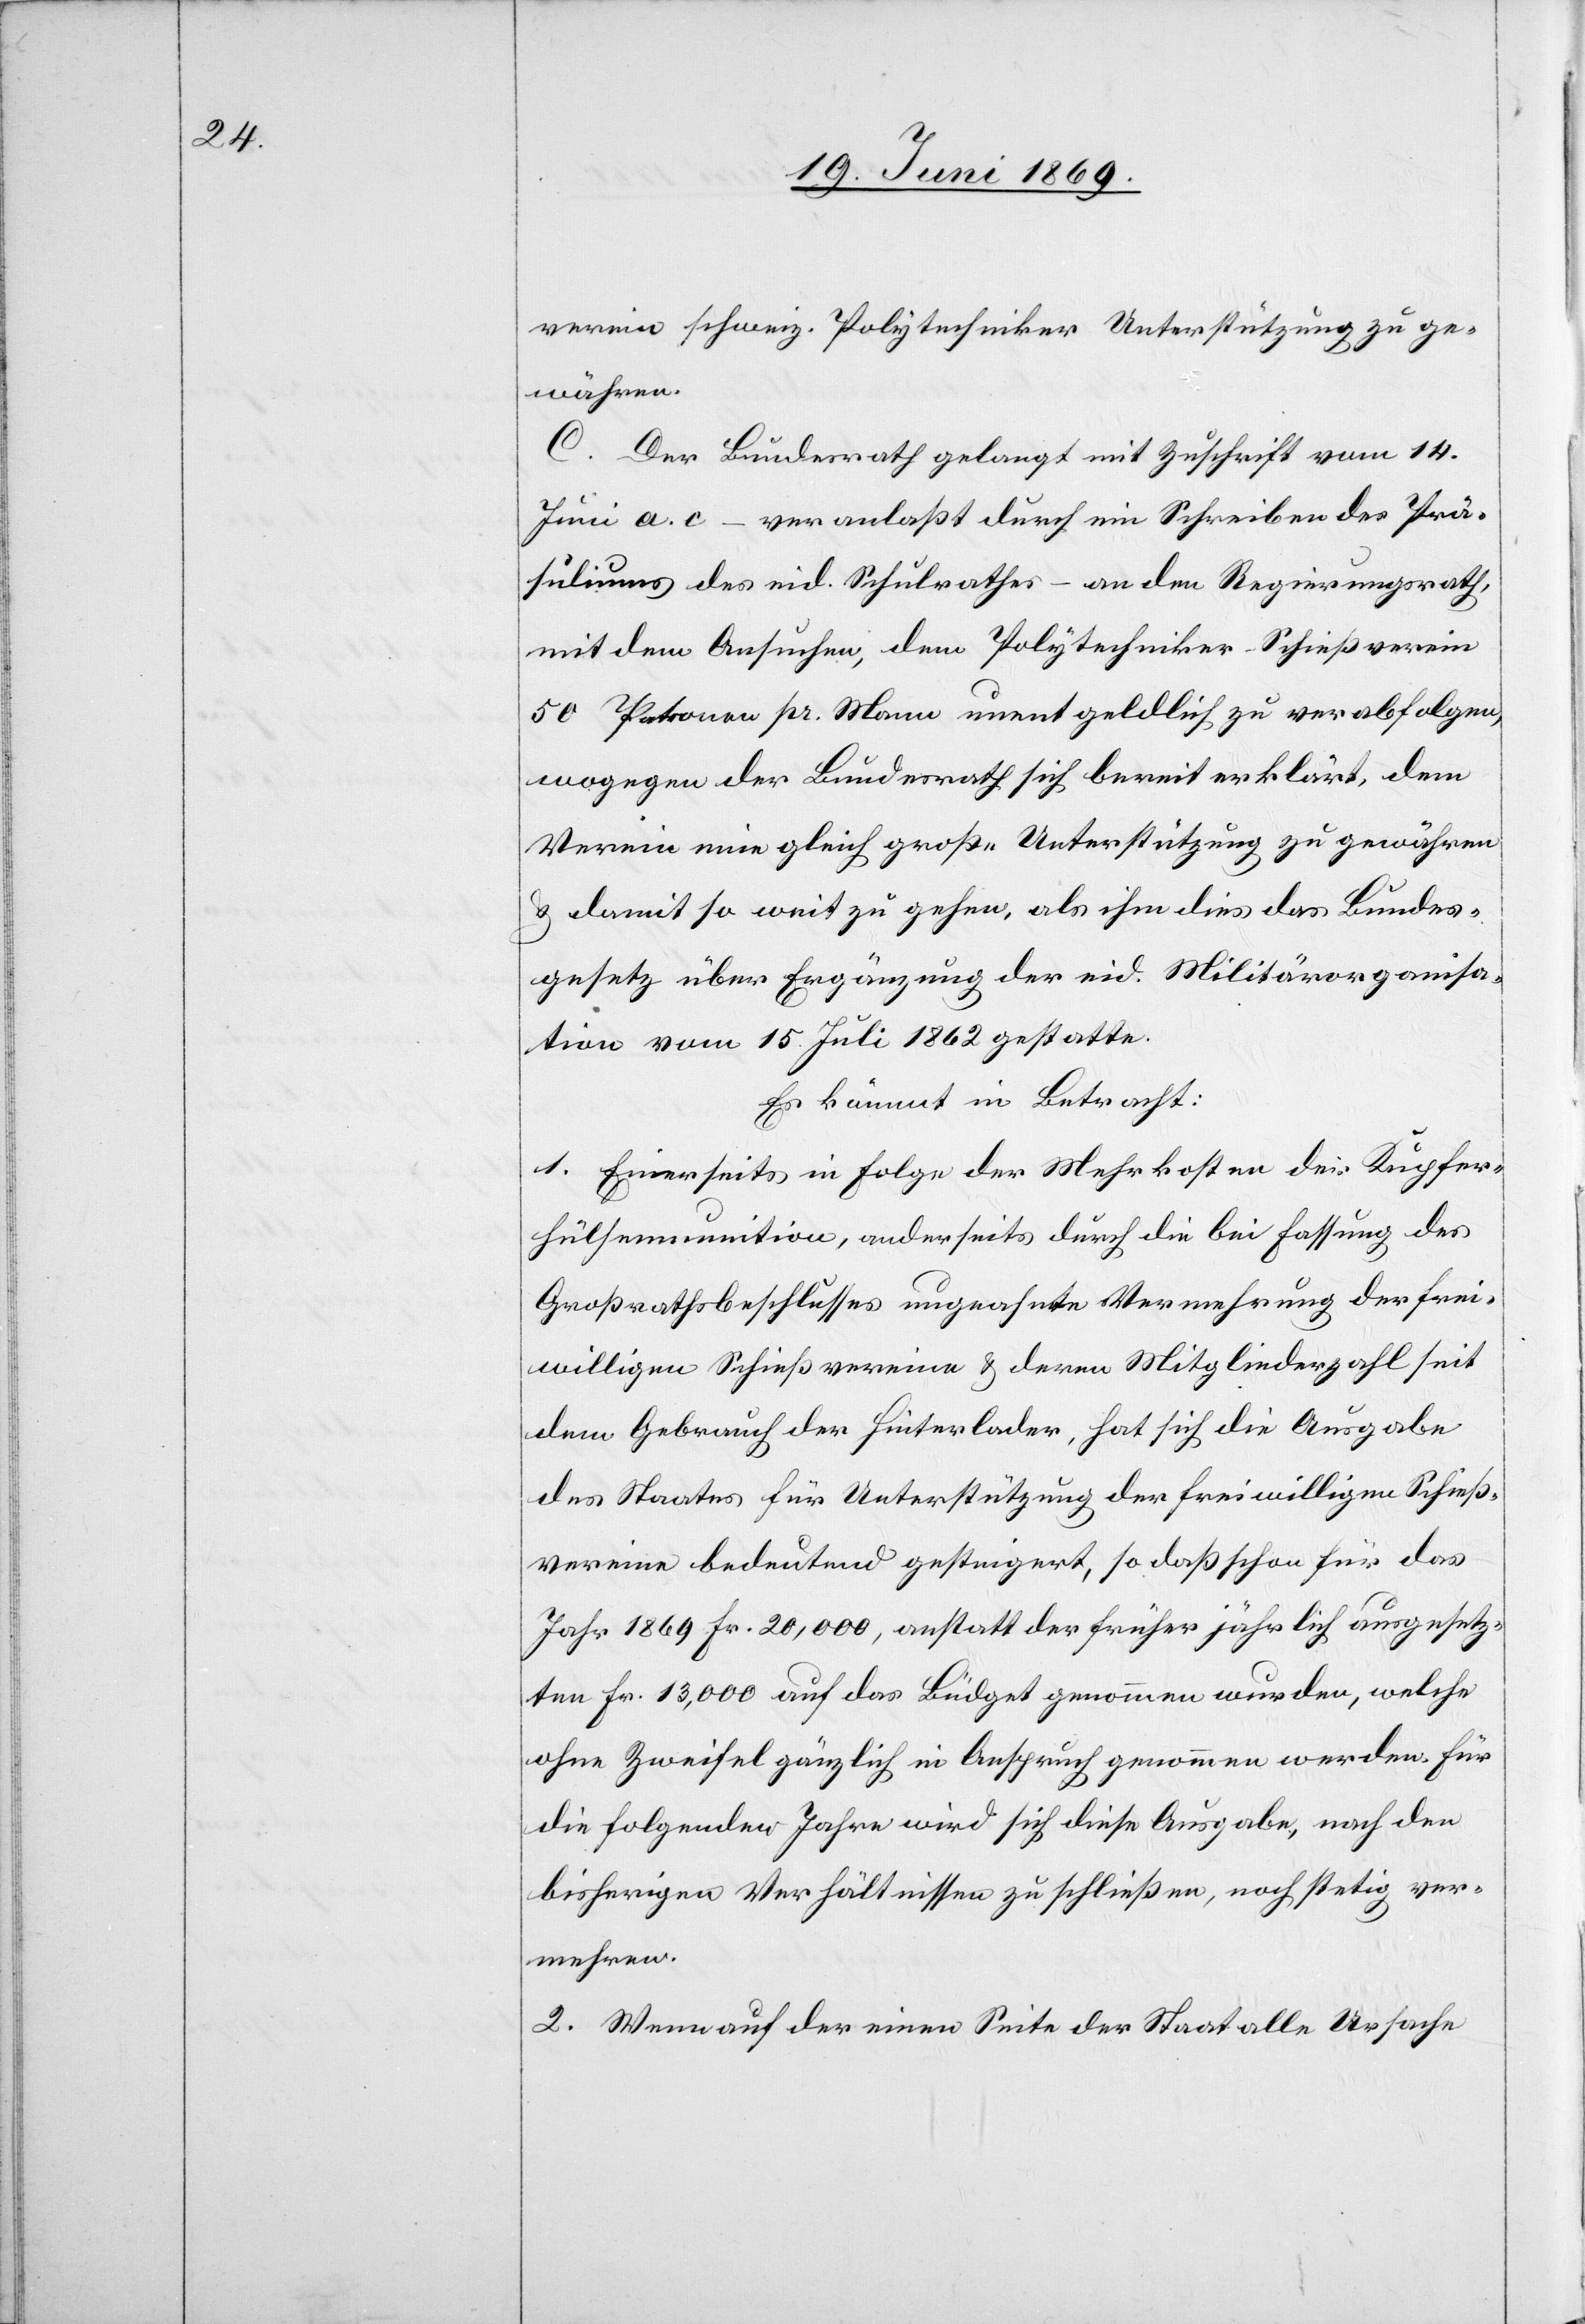
verein schweiz. Polytechniker Unterstützung ge¬
währen.
C. Der Bundesrath gelangt mit Zuschrift vom 14.
Juni a. c. – veranlaßt durch ein Schreiben des Prä¬
ludiums des eid. Schulrathes – an den Regierungsrath,
mit dem Ansuchen, dem Polytechniker-Schießverein
50 Personen pr. Mann unentgeldlich zu verabfolgen,
wogegen der Bundesrath sich bereit erklärt, dem
Verein eine gleich große Unterstützung zu gewähren
u. damit so weit zu gehen, als ihm dies das Bundes¬
gesetz über Ergänzung der eid. Militärorganisa¬
tion vom 15 Juli 1862 gestatte.
Es kömmt in Betracht:
1. Einerseits in Folge der Mehrkosten die Kupfer¬
hülsenmunition, anderseits durch die bei Fassung des
Großrathsbeschlusses ungeahnte Vermehrung der frei¬
willigen Schießvereine u. deren Mitgliederzahl seit
dem Gebrauch der Hinterlader, hat sich die Ausgabe
des Staates für Unterstützung der freiwilligen Schieß¬
vereine bedeutend gesteigert, so daß schon für das
Jahr 1869 Fr. 20,000, anstatt der früher jährlich ausgesetz¬
ten Fr. 13,000 auf das Büdget genommen wurden, welche
ohne Zweifel gänzlich in Anspruch genommen werden. Für
die folgenden Jahre wird sich diese Ausgabe, nach den
bisherigen Verhältnissen zu schließen, noch stetig ver¬
mehren.
2. Wenn auf der einen Seite der Staat alle Ursache